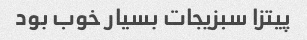
پیتزا سبزیجات بسیار خوب بود